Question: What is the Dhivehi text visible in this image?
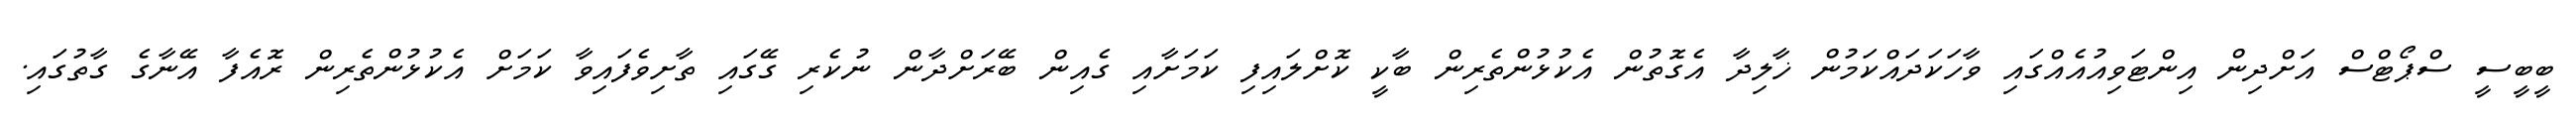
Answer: ބީބީސީ ސްޕޯޓްސް އަށްދިން އިންޓަވިއުއެއްގައި ވާހަކަދައްކަމުން ޚާލިދާ އެގޮތުން އެކުޅުންތެރިން ބާކީ ކޮށްލައިފި ކަމަށާއި ގެއިން ބޭރަށްދާން ނުކެރި ގޭގައި ތާށިވެފައިވާ ކަމަށް އެކުޅުންތެރިން ރޮއެފާ އޭނާގެ ގާތުގައި.